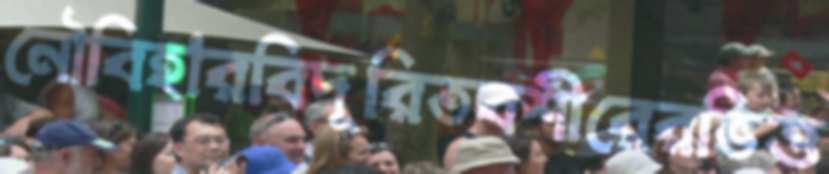
নৌবিহারবিদূরিতবশীরেরভিত্ত